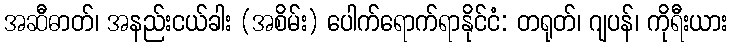
အဆီဓာတ်၊ အနည်းငယ်ခါး (အစိမ်း) ပေါက်ရောက်ရာနိုင်ငံ: တရုတ်၊ ဂျပန်၊ ကိုရီးယား